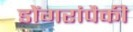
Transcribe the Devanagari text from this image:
डोंगरांपैकी